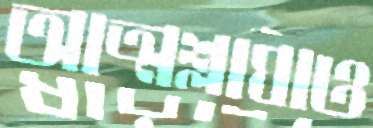
আত্মশ্লাঘাও